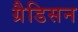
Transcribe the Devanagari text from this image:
ग्रैडिसन